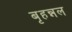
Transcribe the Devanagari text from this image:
बृहन्नल